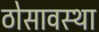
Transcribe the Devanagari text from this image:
ठोसावस्था